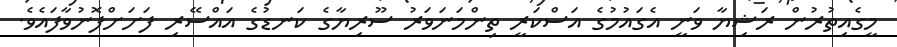
މީގެއިތުރުން ރަޝިޔާ ވަނީ އެގައުމުގެ އަސްކަރީ ތިންމަނަވަރު ސޫރިޔާގެ ކަނޑުގެ އައްސޭރި ފަށަށްފޮނުވާފައެވެ.